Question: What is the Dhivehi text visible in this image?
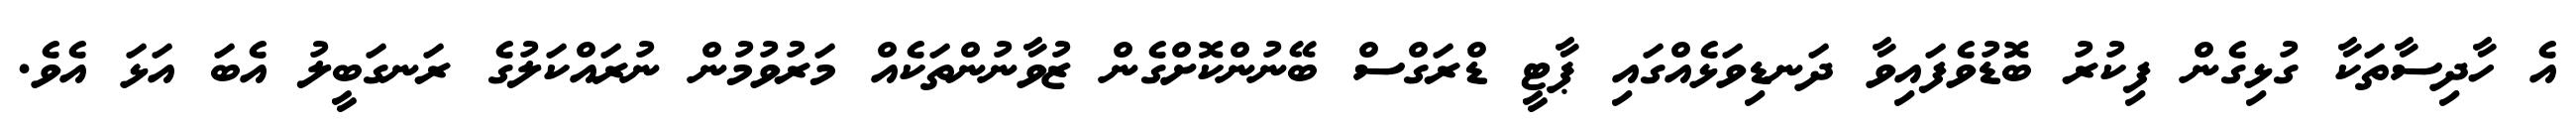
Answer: އެ ހާދިސާތަކާ ގުޅިގެން ފިކުރު ބޮޑުވެފައިވާ ދަނޑިވަޅެއްގައި ޕާޓީ ޑްރަގްސް ބޭނުންކޮށްގެން ޒުވާނުންތަކެއް މަރުވުމުން ނުރައްކަލުގެ ރަނގަބީލު އެބަ އަޅަ އެވެ.